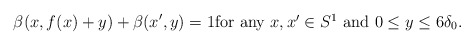
\begin{align*}\beta(x,f(x)+y)+\beta(x',y)=1\mbox{for any $x,x'\in S^1$ and $0\le y\le 6\delta_0$.}\end{align*}